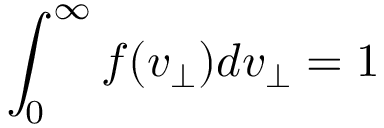
\int _ { 0 } ^ { \infty } f ( v _ { \perp } ) d v _ { \perp } = 1